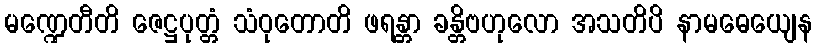
မဏ္ဍေတီတိ ဇေဋ္ဌပုတ္တံ သံဝုတောတိ ဖရန္တာ ခန္တိဗဟုလော အသတိပိ နာမဓေယျေန